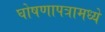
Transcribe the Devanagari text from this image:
घोषणापत्रामध्ये